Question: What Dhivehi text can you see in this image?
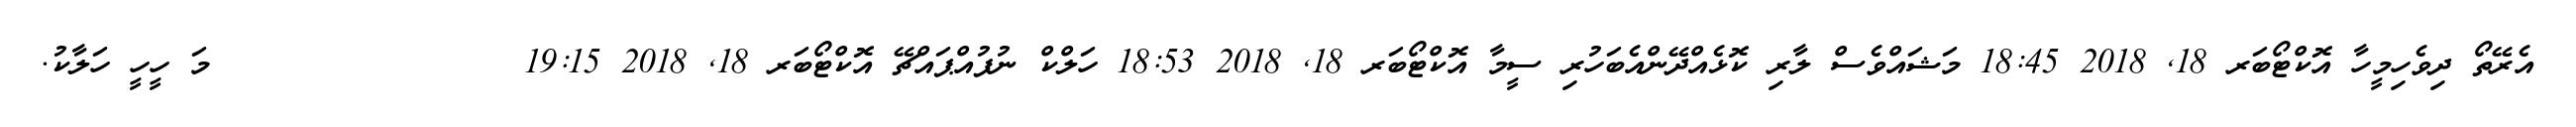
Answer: އެރޭތޯ ދިވެހިމީހާ އޮކްޓޯބަރ 18, 2018 18:45 މަޝައްވެސް ލާރި ކޮޅެއްދޭންއެބަހުރި ސީމާ އޮކްޓޯބަރ 18, 2018 18:53 ހަލްކް ނުފުއްޕައްޗޭ އޮކްޓޯބަރ 18, 2018 19:15 ?????????????????????މަ ހީހީ ހަލާކު.